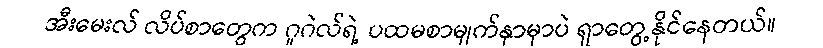
အီးမေးလ် လိပ်စာတွေက ဂူဂဲလ်ရဲ့ ပထမစာမျက်နှာမှာပဲ ရှာတွေ့နိုင်နေတယ်။